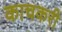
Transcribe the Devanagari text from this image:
काचकरी